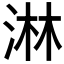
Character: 淋